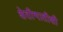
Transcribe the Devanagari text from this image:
शेतीभातीशी